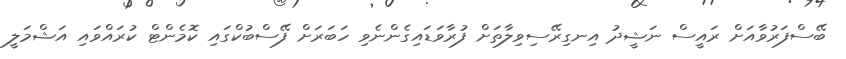
ބޭސްފަރުވާއަށް ރައީސް ނަޝީދު އިނގިރޭސިވިލާތަށް ފުރާވަޑައިގެންނެވި ހަބަރަށް ފޭސްބުކްގައި ކޮމެންޓް ކުރައްވައި އަޝްމަލީ